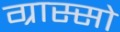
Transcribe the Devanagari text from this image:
ग्रास्सो